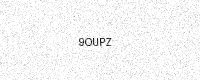
Text: 9OUPZ